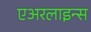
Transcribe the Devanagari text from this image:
एअरलाइन्‍स